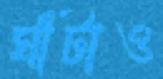
ঘাঁটাও